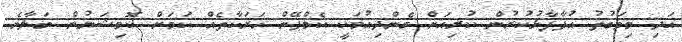
އަދި މިވަގުތު އުފާފާޅުކުރުން ކުރިއަށް ގެންދިއުމަކީ ކެމްޕޭން ހަރަކާތެއް ކަމަށް ކޮމިޝަނުން ބަލާނެ